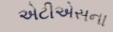
એટીએસના